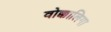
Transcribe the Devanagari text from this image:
वोक्कालिगा